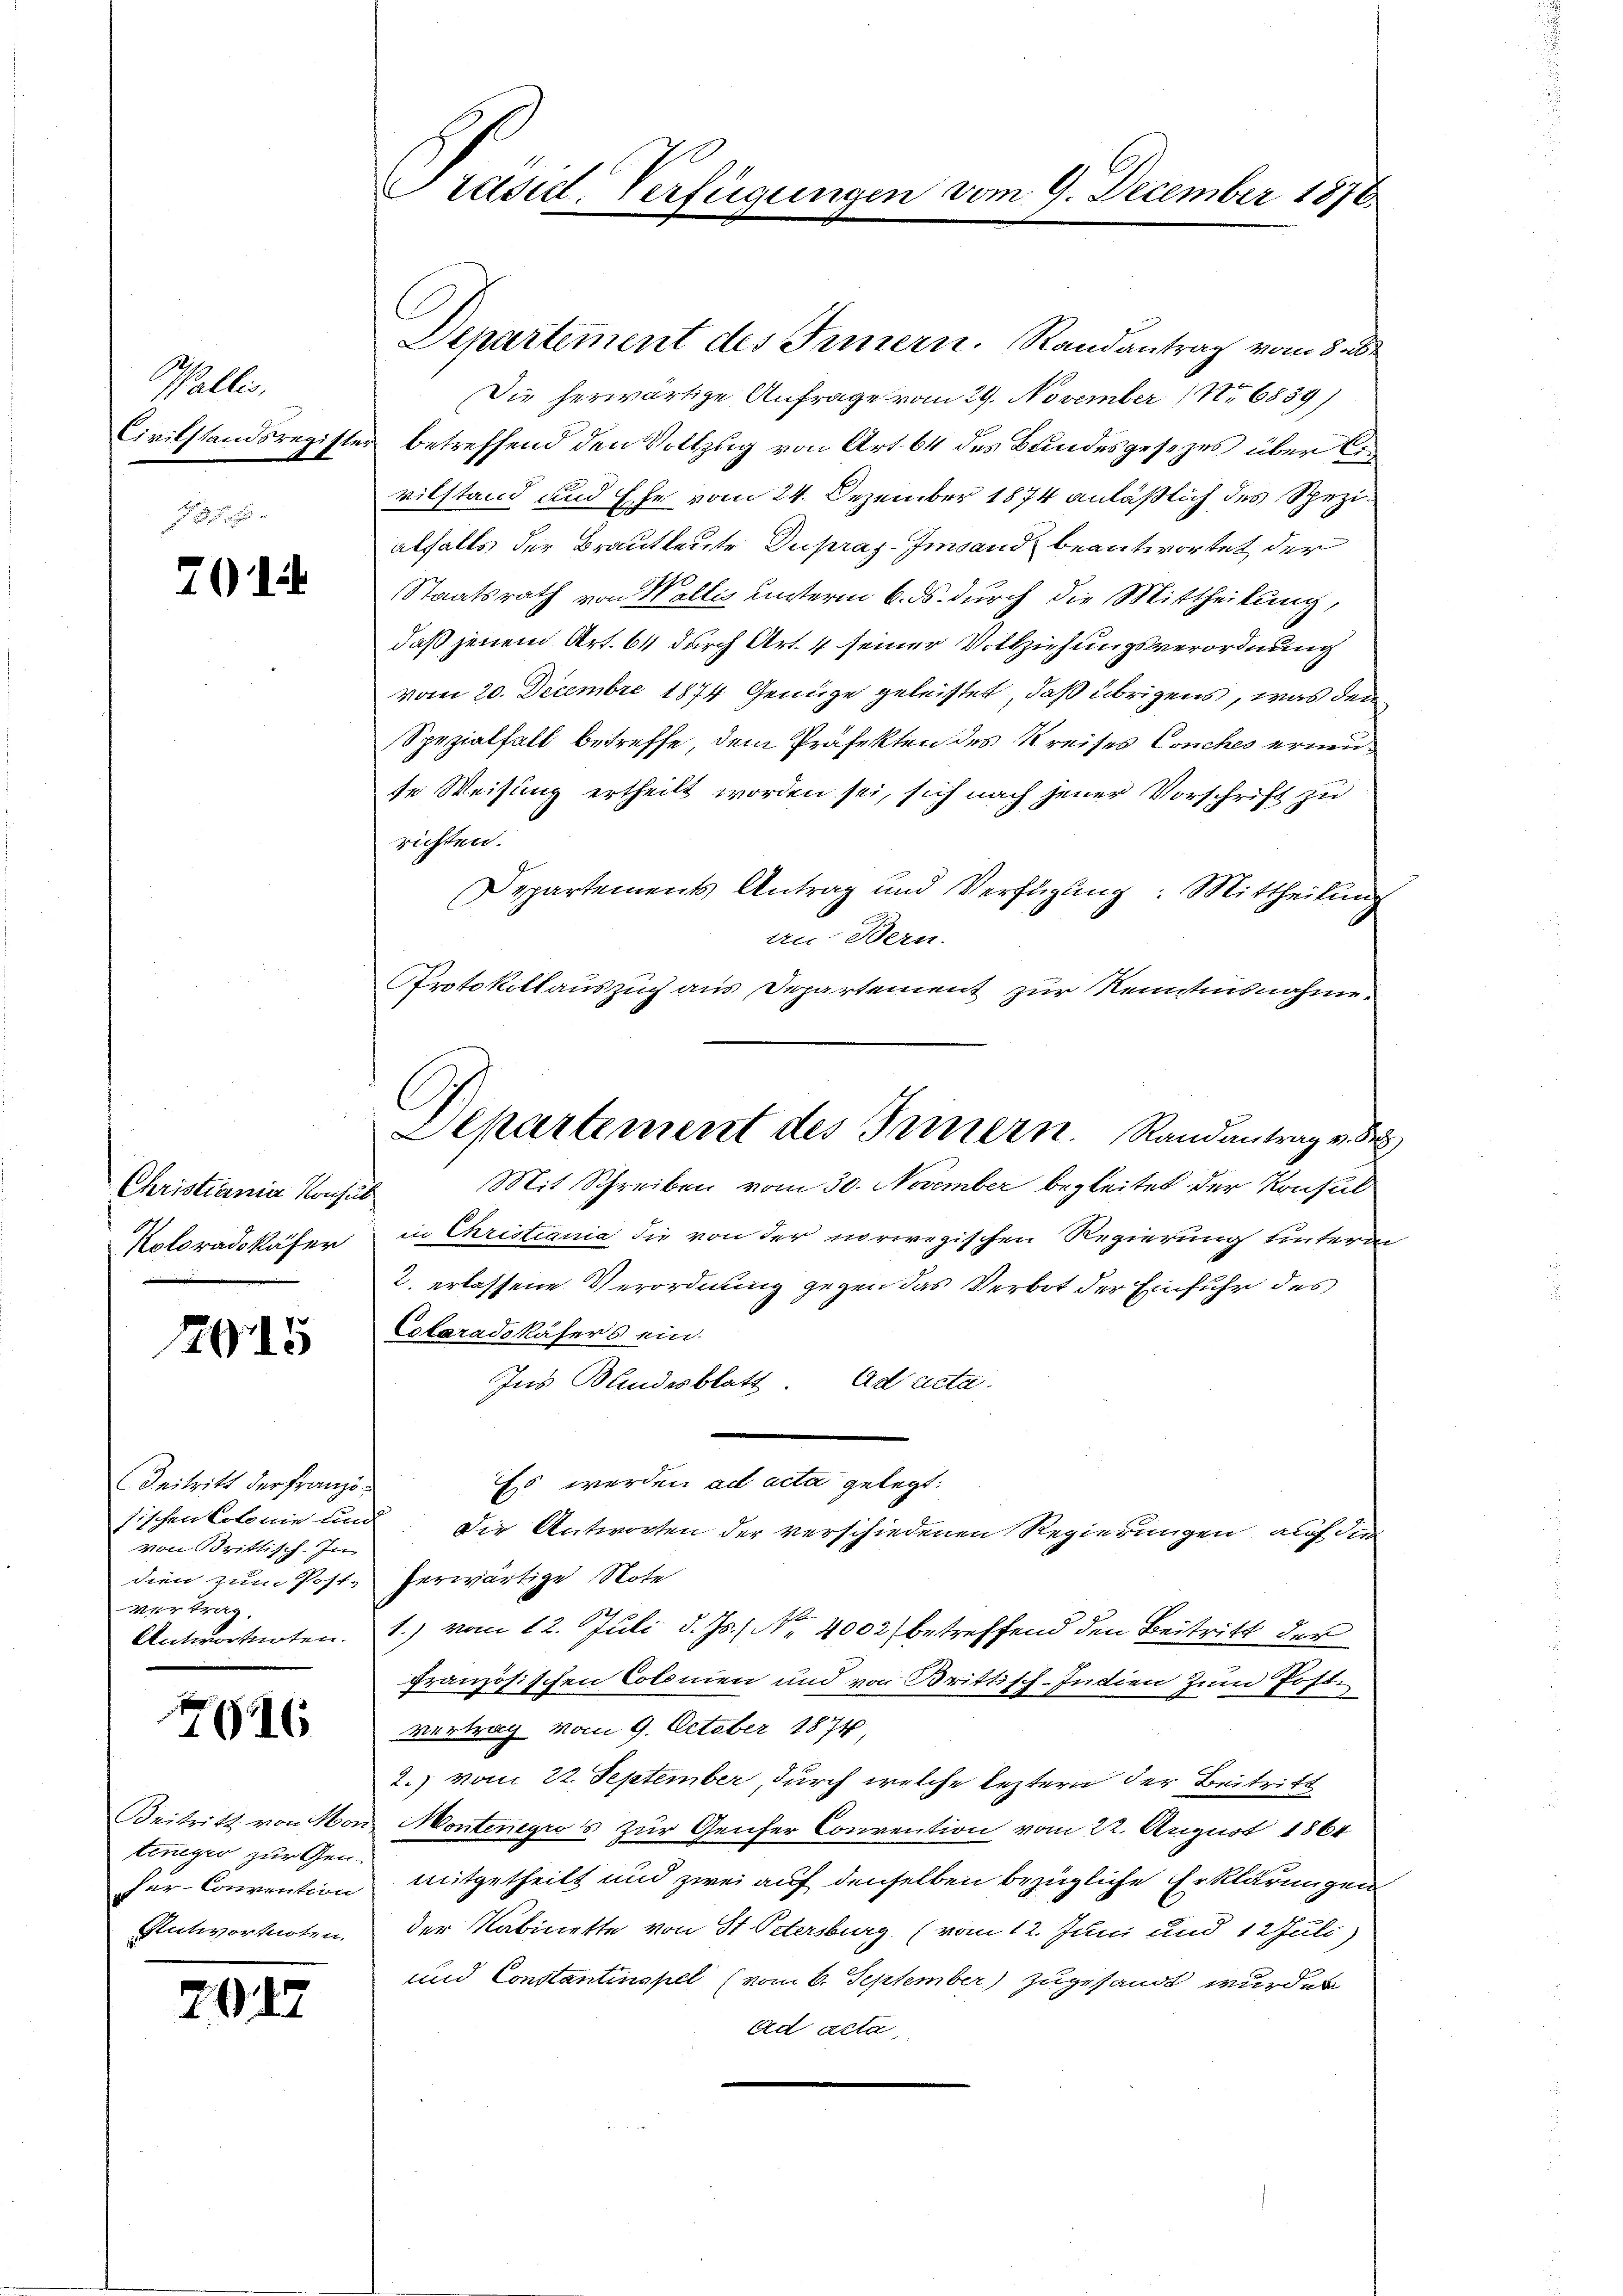
Galle
Civilstandsregiste

701

Christiania Konsul
Koloradokäfer

1915

Beitritt der Franzövon Brittisch-In
dien zum Post-
Vertrag,
Antwortnoten.

7616

Beitritz von Mor
teneger zur Gen
ser Convention
Rutvortarten.

21

Präsid. Verfügungen

Departement des Innern. Randantrag vom 8.
Die herwärtige Anfrage vom 29. November 16839)
betreffend den Vollzug von Art. 64 des Bundesgesezes über A
vilstand und Ehe vom 24. Dezember 1874 anläßlich des Speziabfalls der Brautleute Dupraz Imsand beantwortet der
Staatsrath von Wallis unterm 6. ds. durch die Mittheilung,
daß jenem Art. 64 durch Art. 4 seiner Vollziehungsverordnung
vom 20. Decembre 1874 Genüge geleistet, daß übrigens, was des
Spezialfall betreffe, dem Präfekten des Kreises Conches erneute Weisung ertheilt worden sei, sich nach jener Vorschrift zu
richten.
Departements Antrag und Verfügŭng: Mittheilŭng
an Bern.
Protokollauszug aus Departement zur Kenntnisnahme.
Mit Schreiben vom 30. November begleitet der Konsul
¬
in Christiania die von der norwegischen Regierung unterm
2. erlassene Verordnung gegen das Verbot der Einfuhr des
Colaradokäfers ein.
Ins Bundesblatt. ad acta.
Es werden ad acta gelegt.
sischen Colonie und: Die Antworten der verschiedenen Regierungen auf dem
herwärtige Note
1.) vom 12. Juli d. Js., Nr. 4002) betreffend den Beitritt der
französischen Colonien und von Brittisch-Indien zum Poste
vertrag vom 9. October 1874.
2.) vom 22. September, durch welche leztern der Beitritt
Montenegros zur Genfer Convention vom 22. August 1864
mitgetheilt und zwei auf denselben bezügliche Erklärungen
der Kabinette von St. Petersburg (vom 12. Juni und 12 Juli)
und Constantinopel (vom 6. September) zugesandt wurden
ad acta,

Departement des Innern. Randantrag v. S

vom 9. December 1876